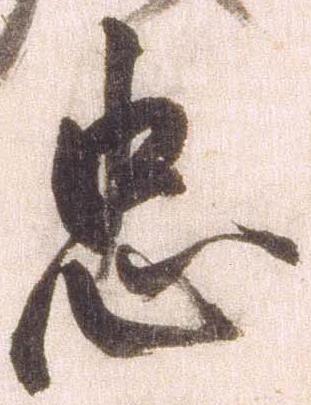
忠